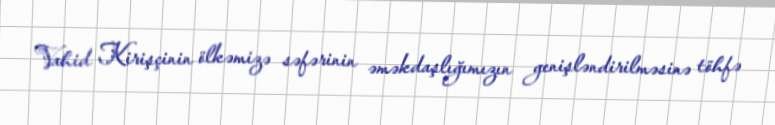
Vahid Kirişçinin ölkəmizə səfərinin əməkdaşlığımızın genişləndirilməsinə töhfə